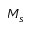
M _ { s }